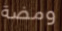
ومضة